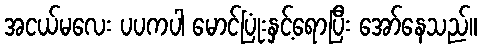
အငယ်မလေး ပပကပါ မောင်ပြုံးနှင့်ရောပြီး အော်နေသည်။